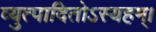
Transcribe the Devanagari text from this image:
व्युत्पादितोऽस्यहम्‌।